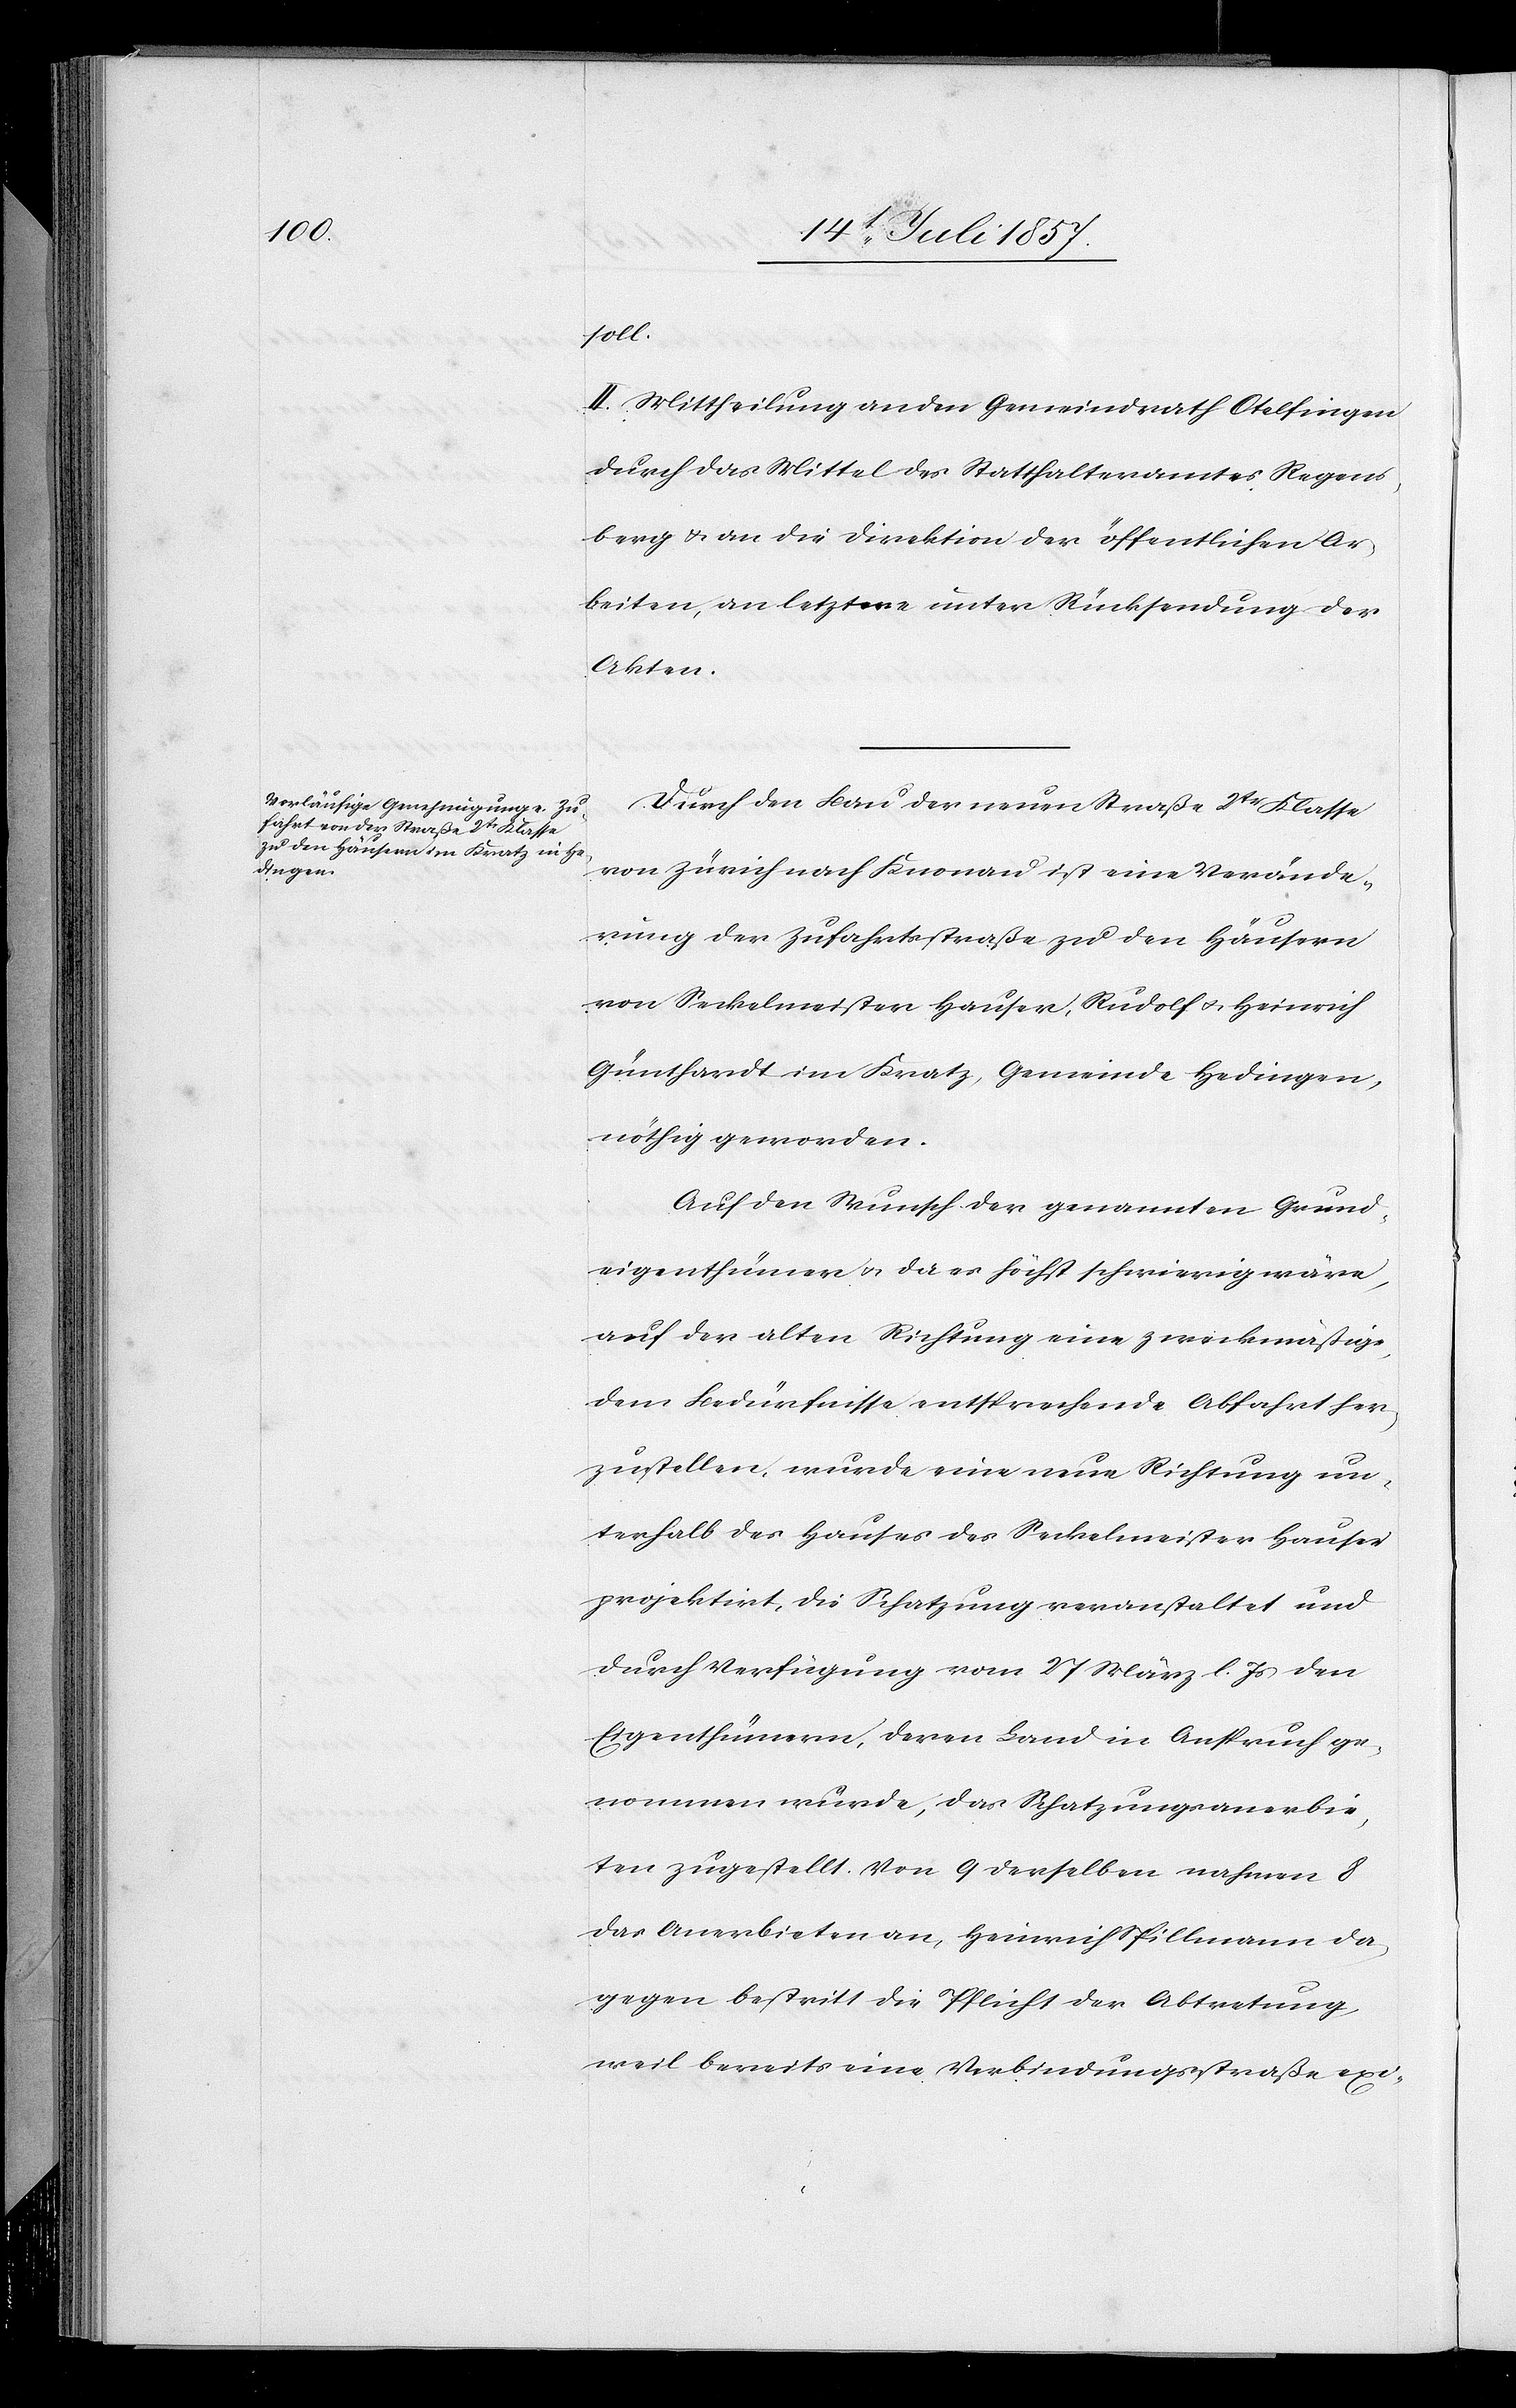
soll.
II. Mittheilung an den Gemeindrath Otelfingen
durch das Mittel des Statthalteramtes Regens¬
berg & an die Direktion der öffentlichen Ar¬
beiten, an letztere unter Rücksendung der
Akten.
Durch den Bau der neuen Straße 2tr Klasse
von Zürich nach Knonau ist eine Verände¬
rung der Zufahrtsstraße zu den Häusern
von Seckelmeister Hauser, Rudolf & Heinrich
Günthardt im Kratz, Gemeinde Hedingen,
nöthig geworden.
Auf den Wunsch der genannten Grund¬
eigenthümer & da es höchst schwierig wäre,
auf der alten Richtung eine zweckmäßige,
dem Bedürfnisse entsprechende Abfahrt her¬
zustellen, wurde eine neue Richtung un¬
terhalb des Hauses des Seckelmeister Hauser
projektirt, die Schatzung veranstaltet und
durch Verfügung vom 27 März l. Js. den
Eigenthümern, deren Land in Anspruch ge¬
nommen wurde, das Schatzungsanerbie¬
ten zugestellt. Von 9 derselben nahmen 8
das Anerbieten an, Heinrich Spillmann da¬
gegen bestritt die Pflicht der Abtretung,
weil bereits eine Verbindungsstraße exi-